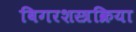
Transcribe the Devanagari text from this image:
बिगरशस्त्रक्रिया